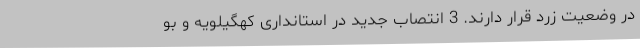
در وضعیت زرد قرار دارند. 3 انتصاب جدید در استانداری کهگیلویه و بو